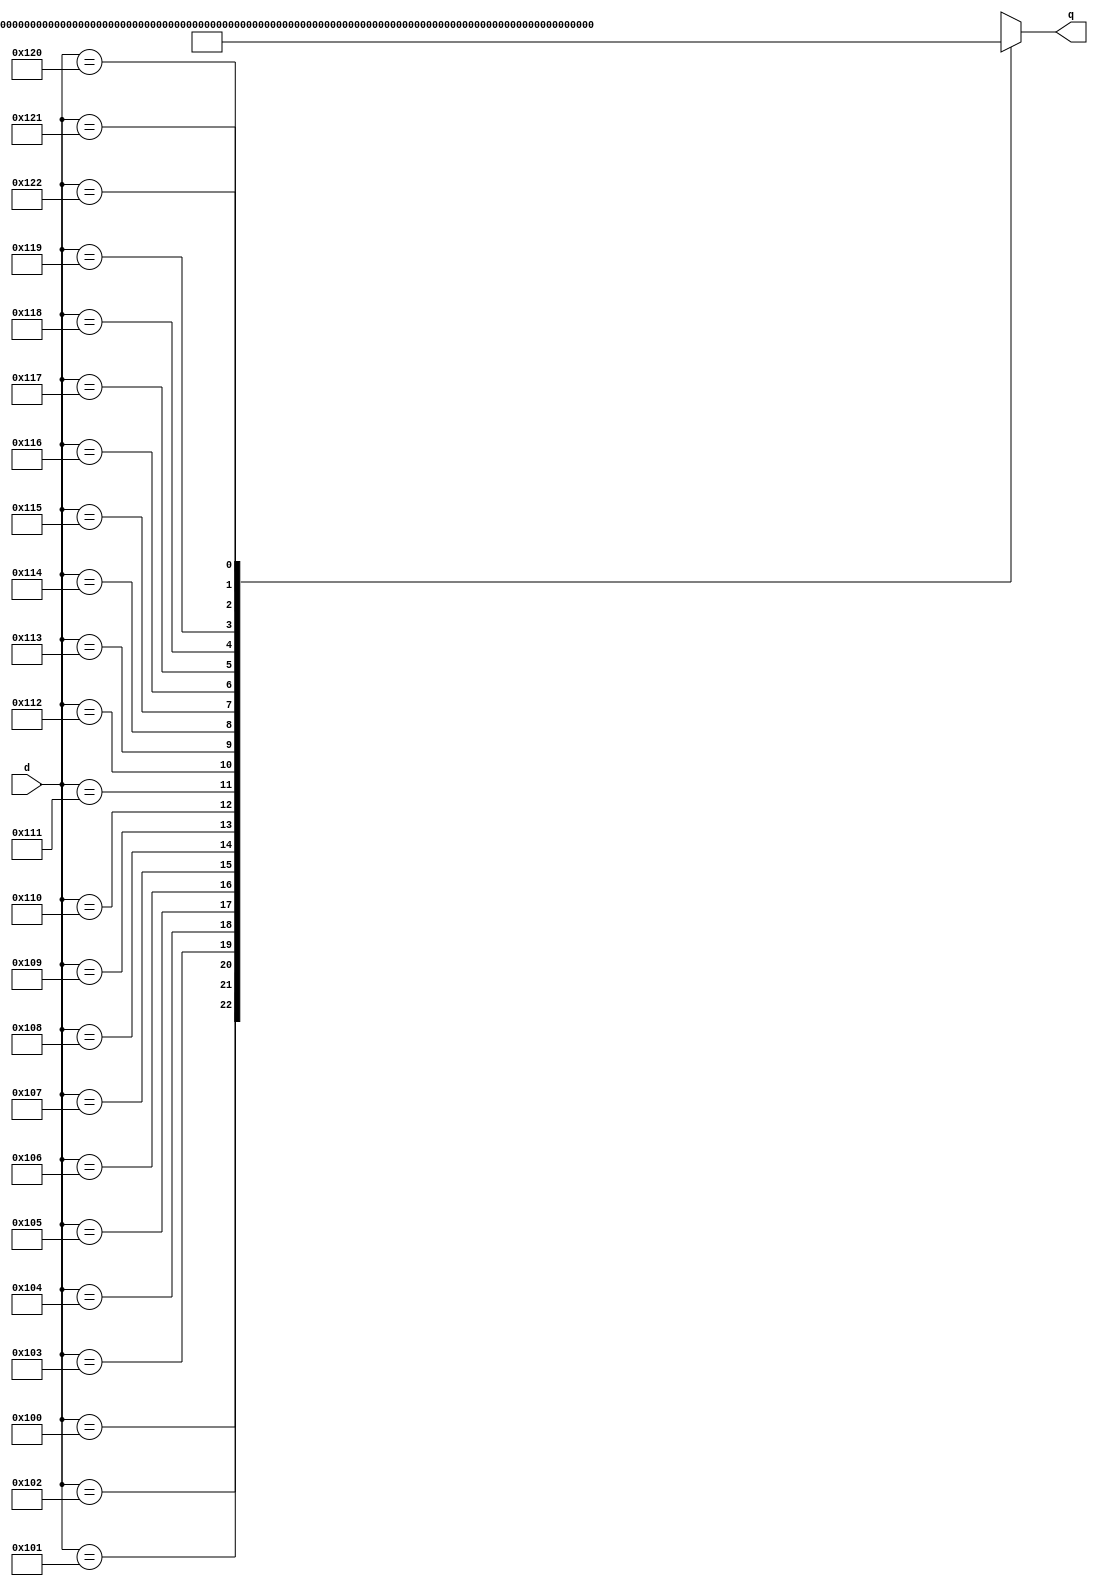
module _16_to_23_decoder(d,q); // this module is 16 to 23 decorder module
input [15:0] d; // define 16 bits input d
output reg [22:0] q; // define 23 bits output q and 23 bits reg q

always @ (d) // Calculate the next state through the case statement
begin // begin - end means { }
	case(d) 
	16'h0100 : q = 23'b0000000000_0000000000_001;
	16'h0101 : q = 23'b0000000000_0000000000_010;
	16'h0102 : q = 23'b0000000000_0000000000_100;
	16'h0103 : q = 23'b0000000000_0000000001_000;
	16'h0104 : q = 23'b0000000000_0000000010_000;
	16'h0105 : q = 23'b0000000000_0000000100_000;
	16'h0106 : q = 23'b0000000000_0000001000_000;
	16'h0107 : q = 23'b0000000000_0000010000_000;
	16'h0108 : q = 23'b0000000000_0000100000_000;
	16'h0109 : q = 23'b0000000000_0001000000_000;
	16'h0110 : q = 23'b0000000000_0010000000_000;
	16'h0111 : q = 23'b0000000000_0100000000_000;
	16'h0112 : q = 23'b0000000000_1000000000_000;
	16'h0113 : q = 23'b0000000001_0000000000_000;
	16'h0114 : q = 23'b0000000010_0000000000_000;
	16'h0115 : q = 23'b0000000100_0000000000_000;
	16'h0116 : q = 23'b0000001000_0000000000_000;
	16'h0117 : q = 23'b0000010000_0000000000_000;
	16'h0118 : q = 23'b0000100000_0000000000_000;
	16'h0119 : q = 23'b0001000000_0000000000_000;
	16'h0120 : q = 23'b0010000000_0000000000_000;
	16'h0121 : q = 23'b0100000000_0000000000_000;
	16'h0122 : q = 23'b1000000000_0000000000_000;
	default : q = 23'hx; // To prevent the problem of latch
	endcase // end of case
end
endmodule // end of module